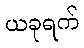
ယခုရက်